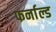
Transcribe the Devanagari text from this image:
फर्नाल्ड